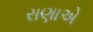
રાણાએ